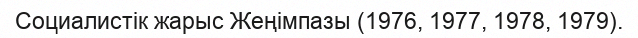
Социалистік жарыс Жеңімпазы (1976, 1977, 1978, 1979).